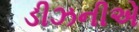
ડીઝનીએ